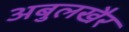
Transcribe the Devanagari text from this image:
अबुलखैर